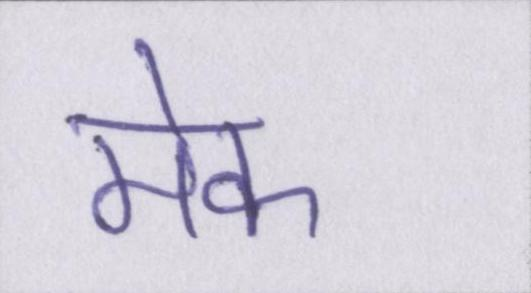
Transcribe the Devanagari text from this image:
मेक